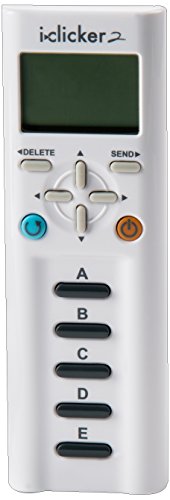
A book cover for I>Clicker 2; I-CLICKER; Reference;